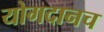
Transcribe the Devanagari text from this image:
योगदानच